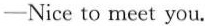
——Nice to meet you.